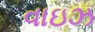
વાઇઝ